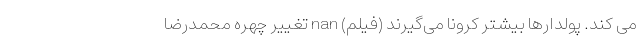
می کند. پولدارها بیشتر کرونا می‌گیرند (فیلم) nan تغییر چهره محمدرضا